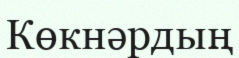
Көкнәрдың